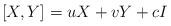
LaTeX: \begin{align*}[X,Y] = u X + v Y + c I\end{align*}